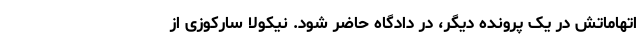
اتهاماتش در یک پرونده دیگر، در دادگاه حاضر شود. نیکولا سارکوزی از